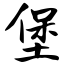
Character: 堡